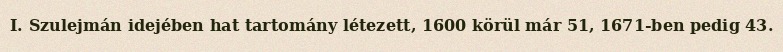
I. Szulejmán idejében hat tartomány létezett, 1600 körül már 51, 1671-ben pedig 43.